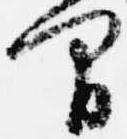
間